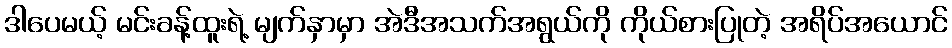
ဒါပေမယ့် မင်းခန့်ထူးရဲ့ မျက်နှာမှာ အဲဒီအသက်အရွယ်ကို ကိုယ်စားပြုတဲ့ အရိပ်အယောင်